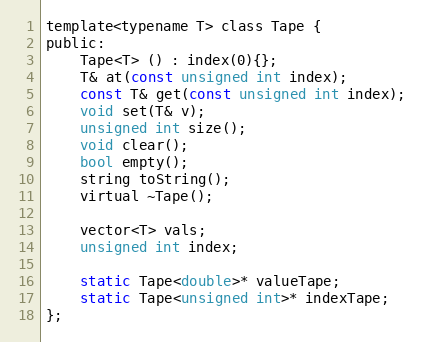
Language: C
template<typename T> class Tape {
public:
	Tape<T> () : index(0){};
	T& at(const unsigned int index);
	const T& get(const unsigned int index);
	void set(T& v);
	unsigned int size();
	void clear();
	bool empty();
	string toString();
	virtual ~Tape();

	vector<T> vals;
	unsigned int index;

	static Tape<double>* valueTape;
	static Tape<unsigned int>* indexTape;
};